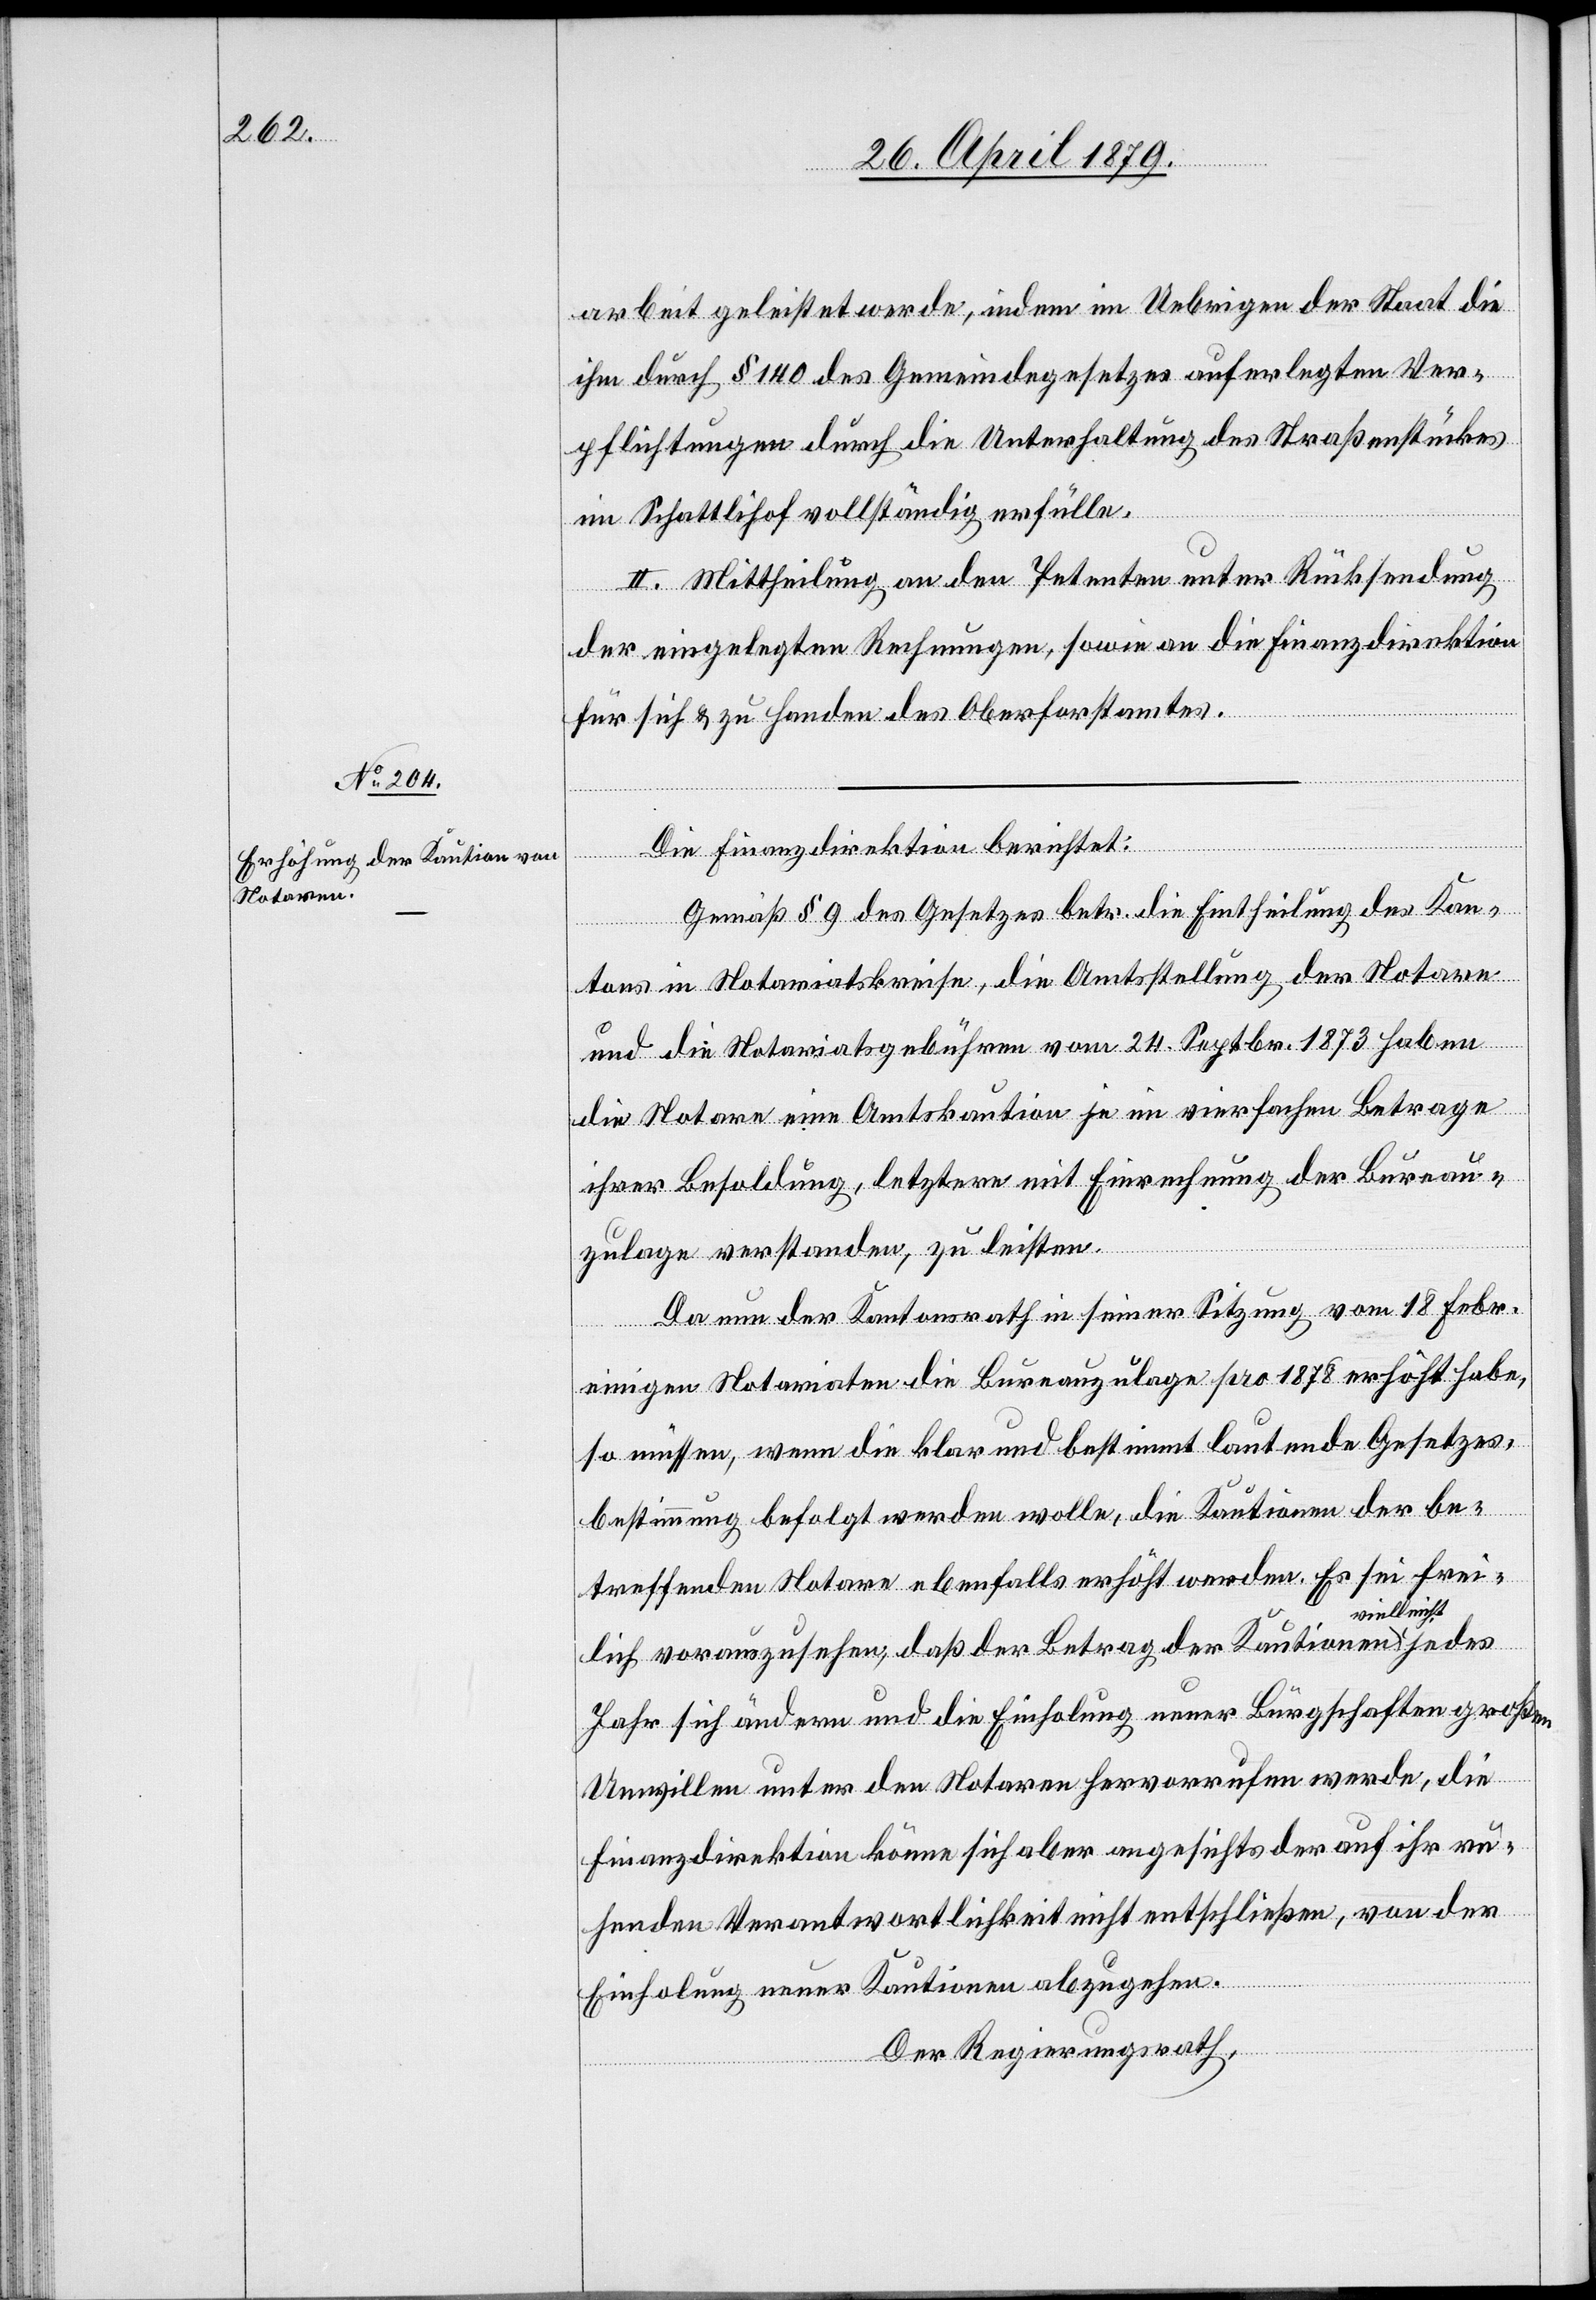
arbeit geleistet werde, indem im Uebrigen der Staat die
ihm durch § 140 des Gemeindegesetzes auferlegten Ver¬
pflichtungen durch die Unterhaltung des Straßenstückes
im Schattlihof vollständig erfülle.
II. Mittheilung an den Petenten unter Rücksendung
der eingelegten Rechnungen, sowie an die Finanzdirektion
für sich & zu Handen des Oberforstamtes.
Die Finanzdirektion berichtet:
Gemäß § 9 des Gesetzes betr. die Eintheilung des Kan¬
tons in Notariatskreise, die Amtsstellung der Notare
und die Notariatsgebühren vom 24. Septbr. 1873 haben
die Notare eine Amtskaution je im vierfachen Betrage
ihrer Besoldung, letztere mit Einrechnung der Bureau¬
zulage verstanden, zu leisten.
Da nun der Kantonsrath in seiner Sitzung vom 18. Febr.
einigen Notariaten die Bureauzulage pro 1878 erhöht habe,
so müssen, wenn die klar und bestimmt lautende Gesetzes¬
bestimmung befolgt werden wolle, die Kautionen der be¬
treffenden Notare ebenfalls erhöht werden. Es sei frei¬
lleicht
lich vorauszusehen, daß der Betrag der Kautionen vie¬
Jahr sich ändern und die Einholung neuer Bürgschaften großen
Unwillen unter den Notaren hervorrufen werde, die
Finanzdirektion könne sich aber angesichts der auf ihr ru¬
henden Verantwortlichkeit nicht entschließen, von der
Einholung neuer Kautionen abzugehen.
Der Regierungsrath,